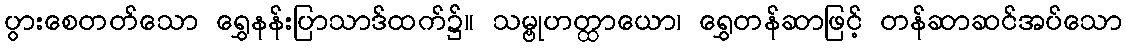
ပွားစေတတ်သော ရွှေနန်းပြာသာဒ်ထက်၌။ သမ္ဗုဟတ္ထာယော၊ ရွှေတန်ဆာဖြင့် တန်ဆာဆင်အပ်သော